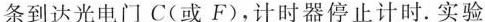
条到达光电门C(或F)，计时器停止计时。实验